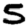
Digit: 5